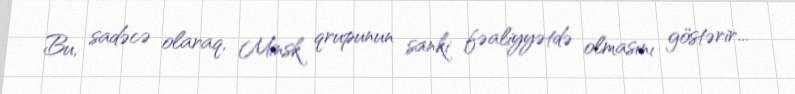
Bu, sadəcə olaraq, Minsk qrupunun sanki fəaliyyətdə olmasını göstərir...